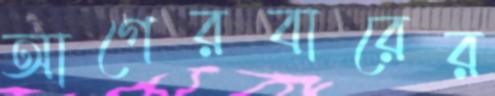
আগেরবারের